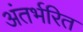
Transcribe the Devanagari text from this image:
अंतर्भरित